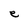
Character: e